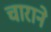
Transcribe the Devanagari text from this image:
चाराने